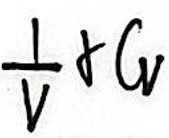
$\frac{1}{V} \Delta G$